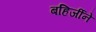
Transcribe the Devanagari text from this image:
बहिर्जीने